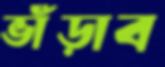
ভাঁড়াব